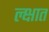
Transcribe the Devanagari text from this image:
ल्क्षात